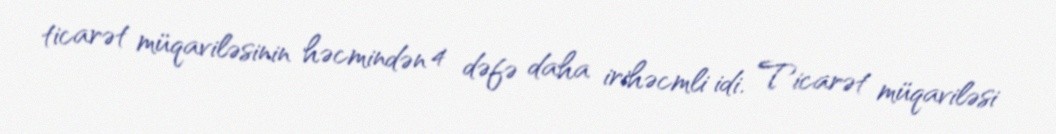
ticarət müqaviləsinin həcmindən 4 dəfə daha irihəcmli idi. Ticarət müqaviləsi